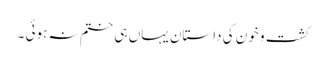
کشت و خون کی داستان یہاں ہی ختم نہ ہوئی ۔